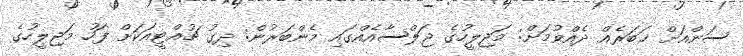
ސަންއަށް ޚަބަރެއް ދެއްވުމަށް: މަޖިލީހުގެ ޖަލްސާއެއްގައި މެންބަރުން: ދިގު ޗުއްޓީއަކަށް ފަހު މަޖިލީހުގެ